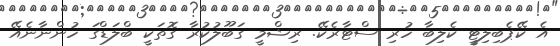
އެ ކޭޕެބިލިޓީ ކެލިބާ ހުރި ސްޓާރެކޭ. ރިޝްމީ ގަބޫލުކުރާ ގޮތަކީ ބްލަޑްގަ ހުންނާނެއޭ